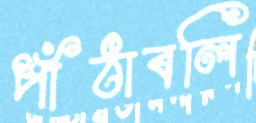
পাঁঠাবলি